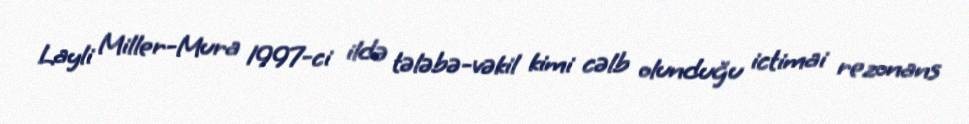
Layli Miller-Mura 1997-ci ildə tələbə-vəkil kimi cəlb olunduğu ictimai rezonans